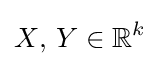
X{\text{, }}Y\in \mathbb {R} ^{k}